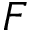
F